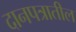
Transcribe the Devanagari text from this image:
दानपत्रातील